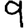
Digit: 9